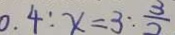
0 . 4 : x = 3 : \frac { 3 } { 2 }